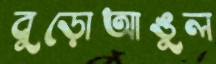
বুড়োআঙুল